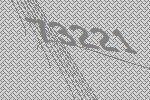
73221